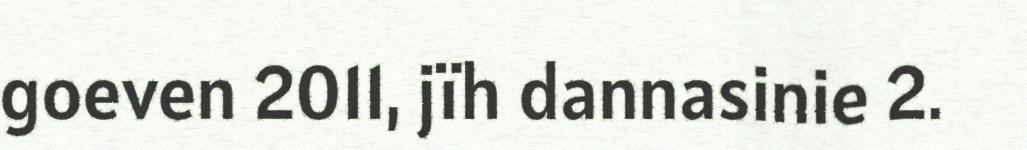
goeven 2011, jïh dannasinie 2.